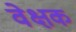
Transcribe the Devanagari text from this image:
वेक्षक